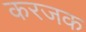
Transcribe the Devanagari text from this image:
करजक